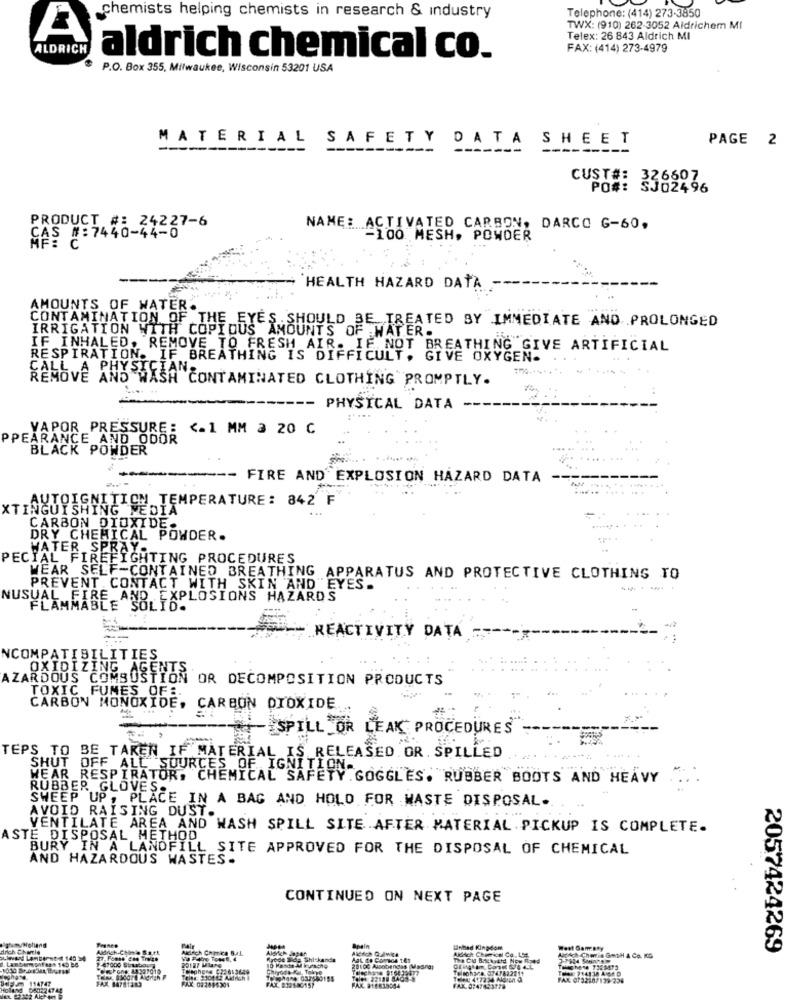
chemists helping chemists in research & industry
Telephone: (414) 273-3850
TWX: (910) 262-3052 Aldrichem MI
A
Telex: 26 843 Aldrich MI
ALDRICH
FAX: (414) 273-4979
aldrich chemical co.
P.O. Box 355, Milwaukee, Wisconsin 53201 USA
MATERIAL SAFETY DATA SHEET
PAGE 2
CUST#: 326607
PO#: 5302496
PRODUCT #: 24227-6
NAME: ACTIVATED CARBON, DARCO G-60.
CAS #:7440-44-0
-100 MESH, POWDER
HEALTH HAZARD DATA -
AMOUNTS OF WATER.
CONTAMINATION OF THE EYES SHOULD BE TREATED BY IMMEDIATE AND .PROLONGED
IRRIGATION WITH COPIOUS AMOUNTS OF WATER.
IF INHALED. REMOVE TO FRESH AIR. IF NOT BREATHING GIVE ARTIFICIAL
RESPIRATION. IF BREATHING IS DIFFICULT, GIVE OXYGEN-
,A PHYSICIAN
EMOVE AND WASA CONTAMINATED CLOTHING PROMPTLY.
-- PHYSICAL DATA
VAPOR PRESSURE : <. 1 MM a 20 C
PPEARANCE AND ODOR
BLACK POWDER
......-
FIRE AND EXPLOSION HAZARD DATA
--
.... ..
AUTOIGNITION TEMPERATURE: 842 F
XTINGUISHING MEDIA"
.... +
CARBON DIOXIDES.
DRY CHEMICAL POWDER.
WATER SPRAY.
PECIAL FIREFIGHTING PROCEDURES
WEAR SELF-CONTAINED BREATHING APPARATUS AND PROTECTIVE CLOTHING TO
PREVENT CONTACT WITH SKIN AND EYES.
----
NUSUAL FIRE AND EXPLOSIONS HAZARDS
FLAMMABLE SOLID!
REACTIVITY DATA
NCOMPATIBILITIES
OXIDIZING AGENTS
AZARDOUS COMBUSTION
OR DECOMPOSITION PRODUCTS
TOXIC FUMES OF:
CARBON MONOXIDE,
CARBON DIOXIDE
-SPILL_OR LEAK PROCEDURES
TEPS TO BE TAKEN IF MATERIAL IS RELEASED OR. SPILLED
SHUT OFF ALL SOURCES OF IGNITION.
WEAR RESPIRATOR, CHEMICAL SAFETY.GOGGLES. RUBBER BOOTS AND HEAVY
RUBBER GLOVES.
SWEEP UP, PLACE IN A BAG AND HOLD FOR WASTE DISPOSAL.
AVOID RAISING DUST.
VENTILATE AREA AND WASH SPILL SITE AFTER MATERIAL PICKUP IS COMPLETE.
ASTE DISPOSAL METHOD
BURY IN A LANDFILL SITE APPROVED FOR THE DISPOSAL OF CHEMICAL
AND HAZARDOUS WASTES.
CONTINUED ON NEXT PAGE
drich chetle
Aldich Chemical Co.154.
anihad Kingdom
Went Gam:Bay
Usch Cheris GetH & Co. KG
2057424269
sda Shi-kande
Telephone C3: 61 3649
20127 M
yoda Ku, Tokyo
28100 Alcobendas Masn
Telsoha e. 0747822211
114747
FAX 14781283
FAL 0732187179 236
FAK 916539934
FAX 0:47653778